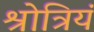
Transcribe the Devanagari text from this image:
श्रोत्रियं